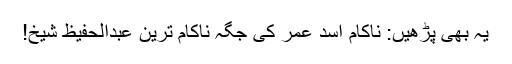
یہ بھی پڑھیں: ناکام اسد عمر کی جگہ ناکام ترین عبدالحفیظ شیخ!